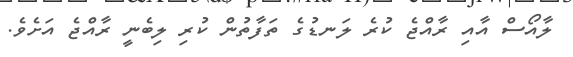
ލާއޯސް އާއި ރާއްޖެ ކުރެ ލަނޑުގެ ތަފާތުން ކުރި ލިބެނީ ރާއްޖެ އަށެވެ.